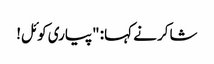
شاکر نے کہا: "پیاری کوئل!